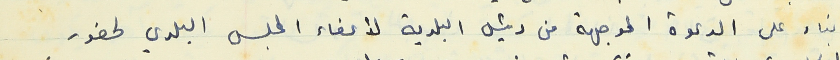
بناء على الدعوة الموجهة من رئيس البلدية لأعضاء المجلس البلدي لحضور